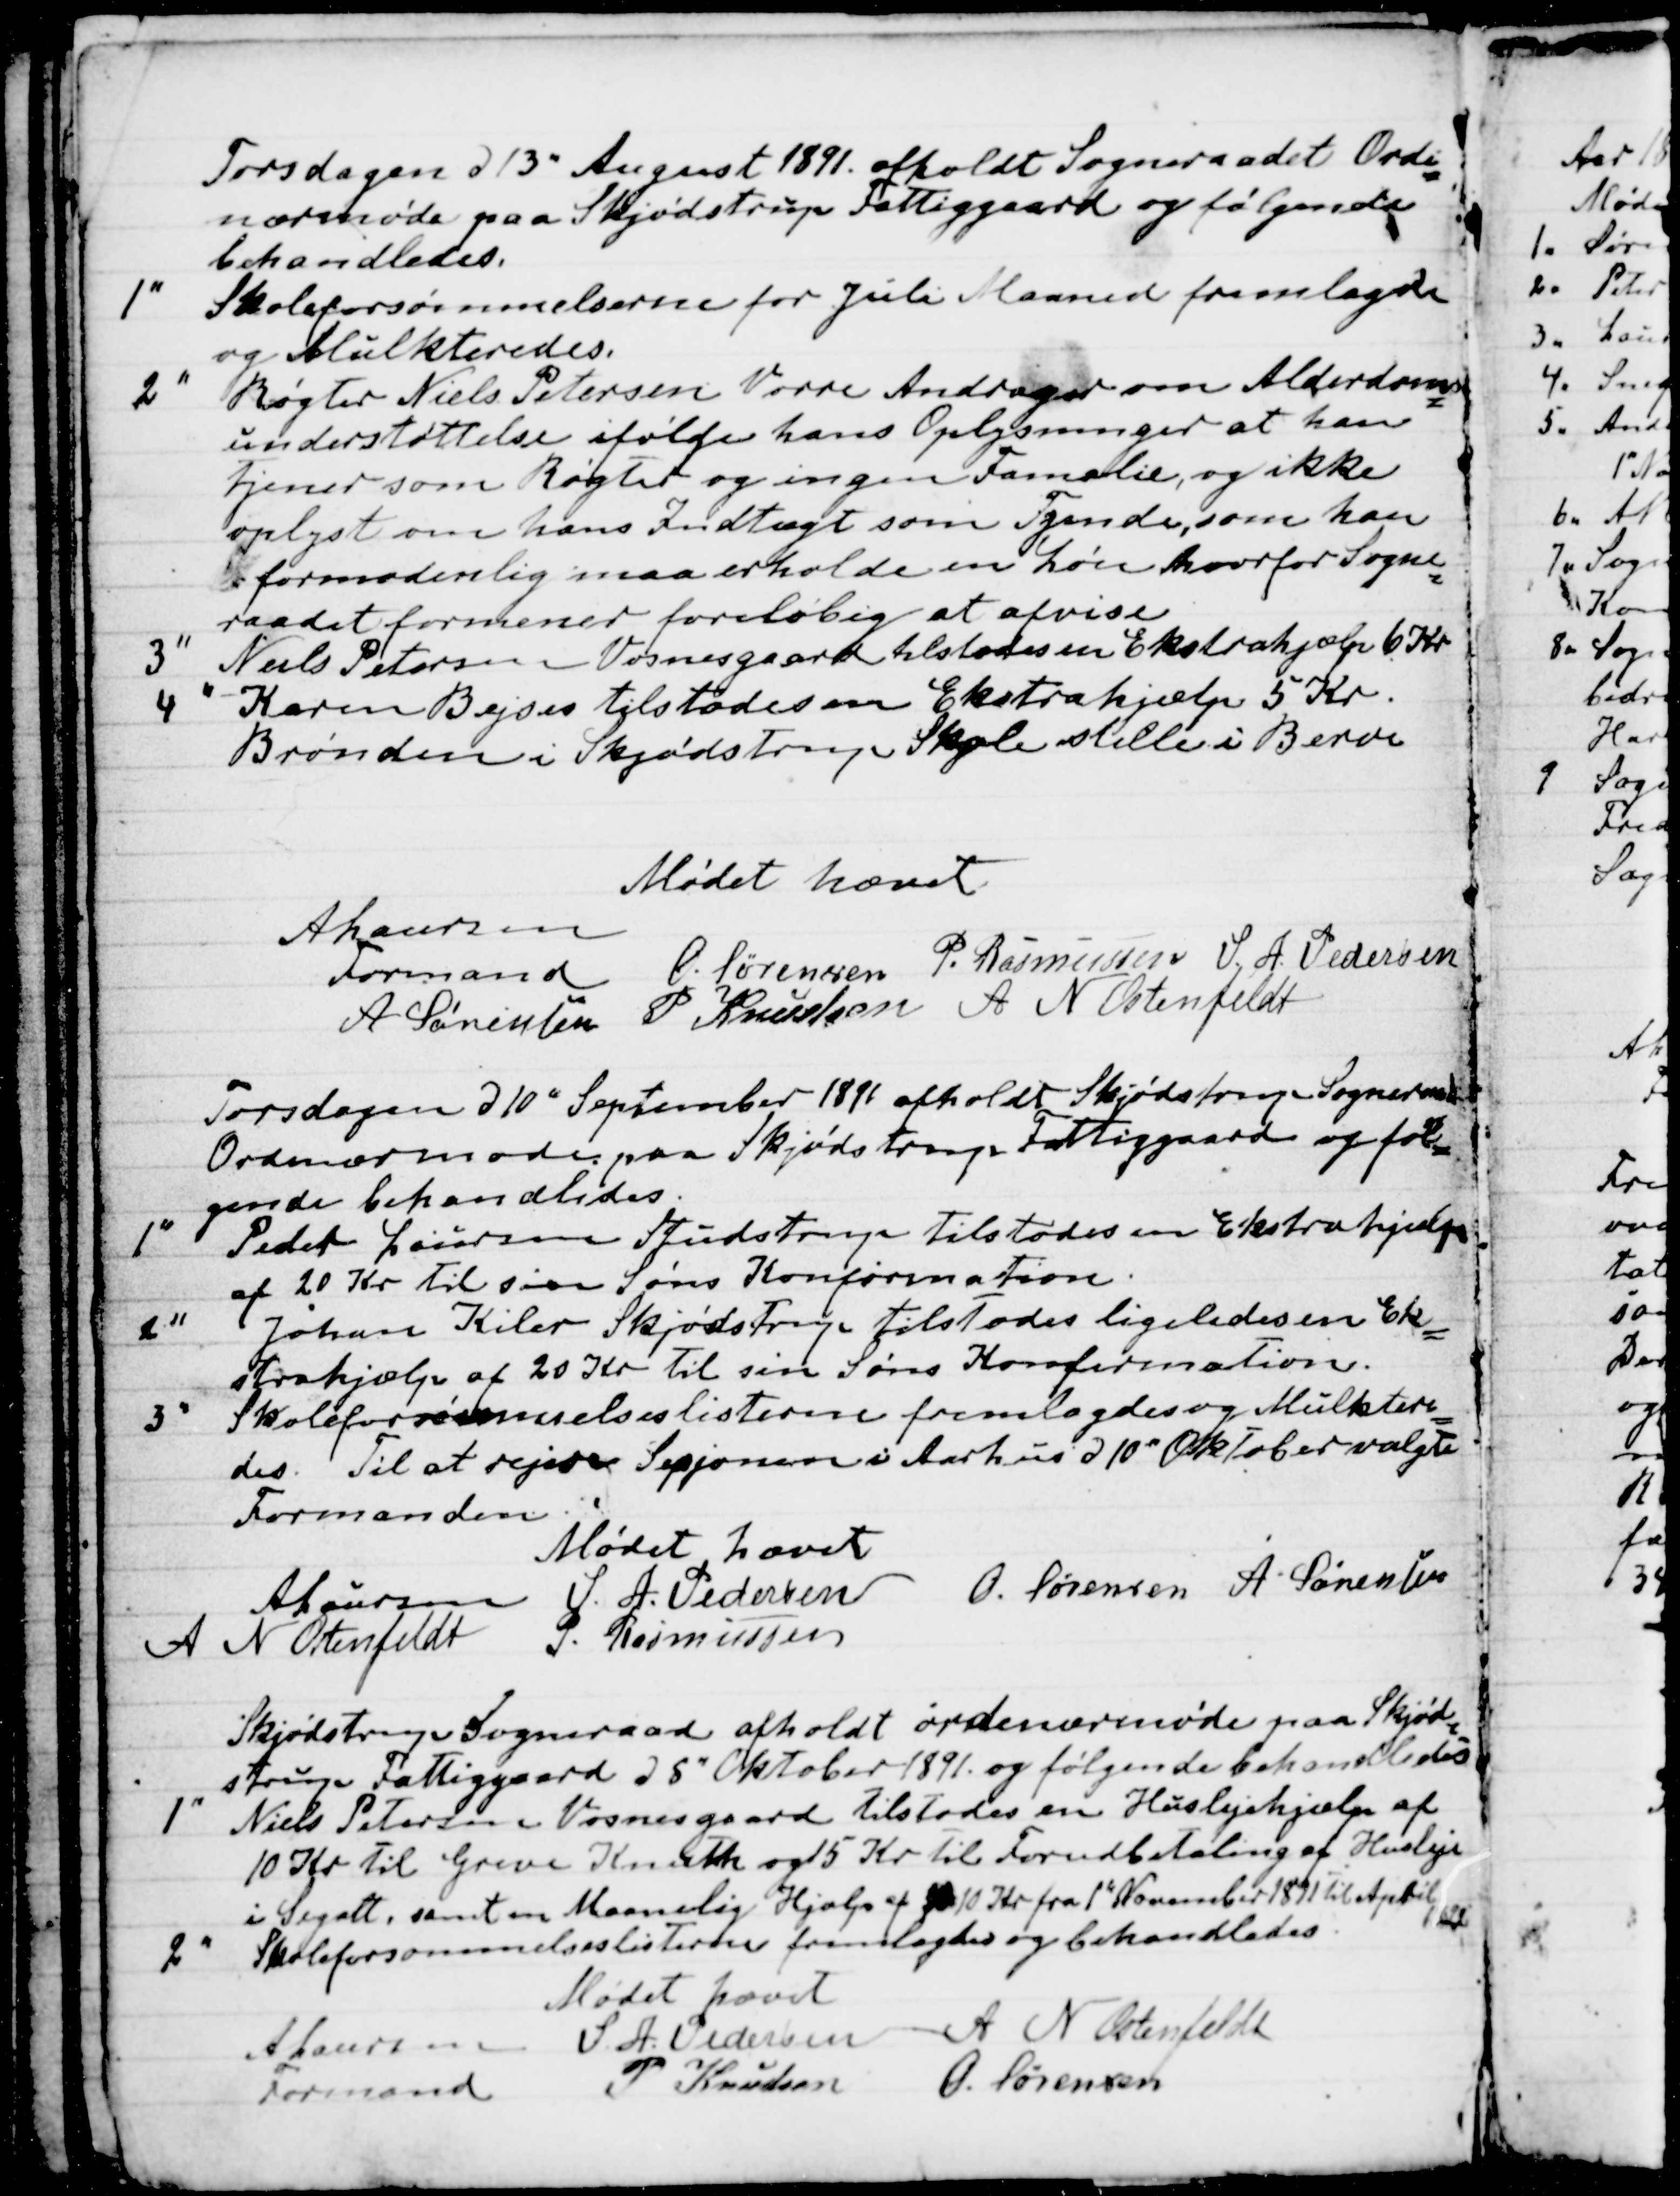
Transskription:
Torsdagen d 13 " August 1891 afholdt Sogneraadet Ordi
=
nærmøde paa Skjødstrup Fattiggaard og følgende
behandledes.
1" Skoleforsømmelserne for Juli Maaned fremlagde
og Mulkteredes.
2"  Røgter Niels Petersen Vorre Andrager om Alderdoms
=
understøttelse ifølge hans Oplysninger at han
tjener som Røgter og ingen Familie, og ikke
oplyst om hans Indtægt som Tyende, som han
formodentlig maa erholde en Løn hvorfor Sogne
=
raadet formener foreløbig at afvise
3 " Niels Petersen Vosnesgaard tilstodes en Ekstrahjælp 6 Kr
4 " Karen Bejses tilstodes en Ekstrahjælp 5 Kr.
Brønden i Skjødstrup Skole stilles i Beroe
Mødet hævet
A Laursen
Formand
O. Sørensen
P. Rasmussen
S. A. Pedersen
A Sørensen
P Knudsen
A N Ostenfeldt

Torsdagen d 10" September 1891 afholdt Skjødstrup Sogneraad
Ordinærmøde paa Skjødstrup Fattiggaard og føl
=
gende behandledes.
1"  Peder Laursen Studstrup tilstodes en Ekstrahjælp
af 20 Kr til sin Søns Konfirmation.
2"  Johan Kiler Skjødstrup tilstodes ligeledes en Ek
=
strahjælp af 20 Kr til sin Søns Konfirmation.
3"  Skoleforsømmelseslisterne fremlagdes og Mulktere
=
des. Til at rejse Sesjonen i Aarhus d 10" Oktober valgte
Formanden.
Mødet hævet
A Laursen
S. A. Pedersen
O. Sørensen
A Sørensen
 A N Ostenfeldt
P. Rasmussen

Skjødstrup Sogneraad afholdt ordinærmøde paa Skjød
=
strup Fattiggaard d 8" Oktober 1891 og følgende behandledes
1" Niels Petersen Vosnesgaard tilstodes en Huslejehjælp af
10 Kr til Greve Knuth og 15 Kr til Forudbetaling af Husleje
i Segalt, samt en Maanelig Hjælp af 10 Kr fra 1" November 1891 til April  
1892
2" Skoleforsømmelseslisterne fremlagdes og behandledes.
Mødet hævet
A Laursen
Formand
S. A. Pedersen
A N Ostenfeldt
P Knudsen
O. Sørensen